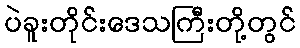
ပဲခူးတိုင်းဒေသကြီးတို့တွင်